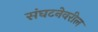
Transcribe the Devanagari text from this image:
संघटनेवरील